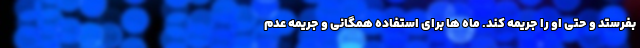
بفرستد و حتی او را جریمه کند. ماه ها برای استفاده همگانی و جریمه عدم